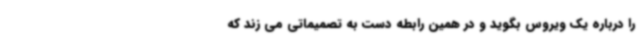
را درباره یک ویروس بگوید و در همین رابطه دست به تصمیماتی می زند که